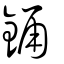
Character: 銿